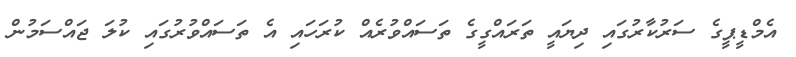
އެމްޑީޕީގެ ސަރުކާރުގައި ދިޔައީ ތަރައްގީގެ ތަސައްވުރެއް ކުރަހައި އެ ތަސައްވުރުގައި ކުލަ ޖައްސަމުން